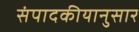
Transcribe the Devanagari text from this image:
संपादकीयानुसार